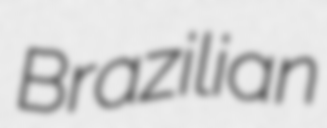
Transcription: Brazilian